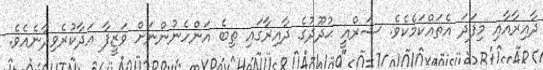
ދާއިރާއާއި މިފަދަ އެތައްކަމެކެވެ. ޝަރްއީ ޙުދޫދުގެ ދާއިރާގައި ތިބެ އަންހެނުންނަށް ވަޒީފާ އަދާކުރެވިދާނެއެވެ.